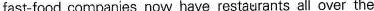
fast-food companies now have restaurants all over the